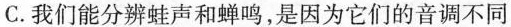
C. 我们能分辨蛙声和蝉鸣，是因为它们的音调不同